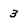
Character: 3